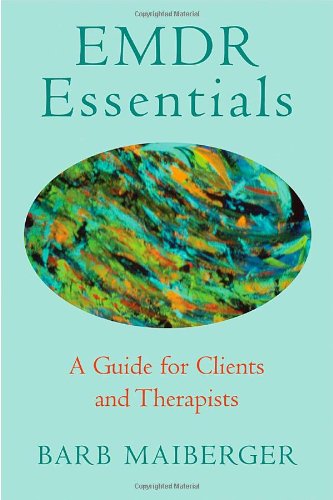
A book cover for EMDR Essentials: A Guide for Clients and Therapists; Barb Maiberger; Medical Books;